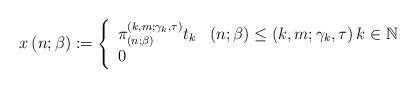
LaTeX: \begin{align*}x\left( n;\beta \right) :=\left\{ \begin{array}{ll}\pi _{\left( n;\beta \right) }^{\left( k,m;\gamma _{k},\tau \right) }t_{k} & \left( n;\beta \right) \leq \left( k,m;\gamma _{k},\tau \right) k\in \mathbb{N} \\ 0 & \end{array}\right. \end{align*}